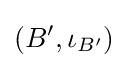
(B',\iota _{B'})